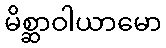
မိစ္ဆာဝါယာမော